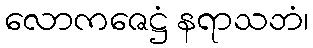
လောကဇေဋ္ဌံ နရာသဘံ၊